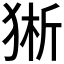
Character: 𰡕